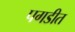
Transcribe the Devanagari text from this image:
पगडीत